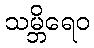
သမ္ဘိရေဝ